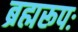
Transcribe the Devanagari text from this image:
ब्रह्मरूपः